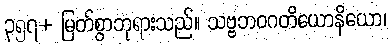
၃၅၇+ မြတ်စွာဘုရားသည်။ သဗ္ဗဘဝဂတိယောနိယော၊